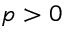
p > 0